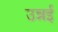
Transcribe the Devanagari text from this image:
उन्नई